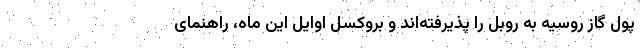
پول گاز روسیه به روبل را پذیرفته‌اند و بروکسل اوایل این ماه، راهنمای